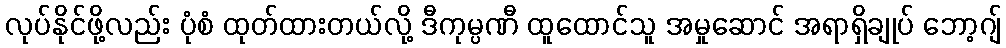
လုပ်နိုင်ဖို့လည်း ပုံစံ ထုတ်ထားတယ်လို့ ဒီကုမ္ပဏီ ထူထောင်သူ အမှုဆောင် အရာရှိချုပ် ဘော့ဂျ်